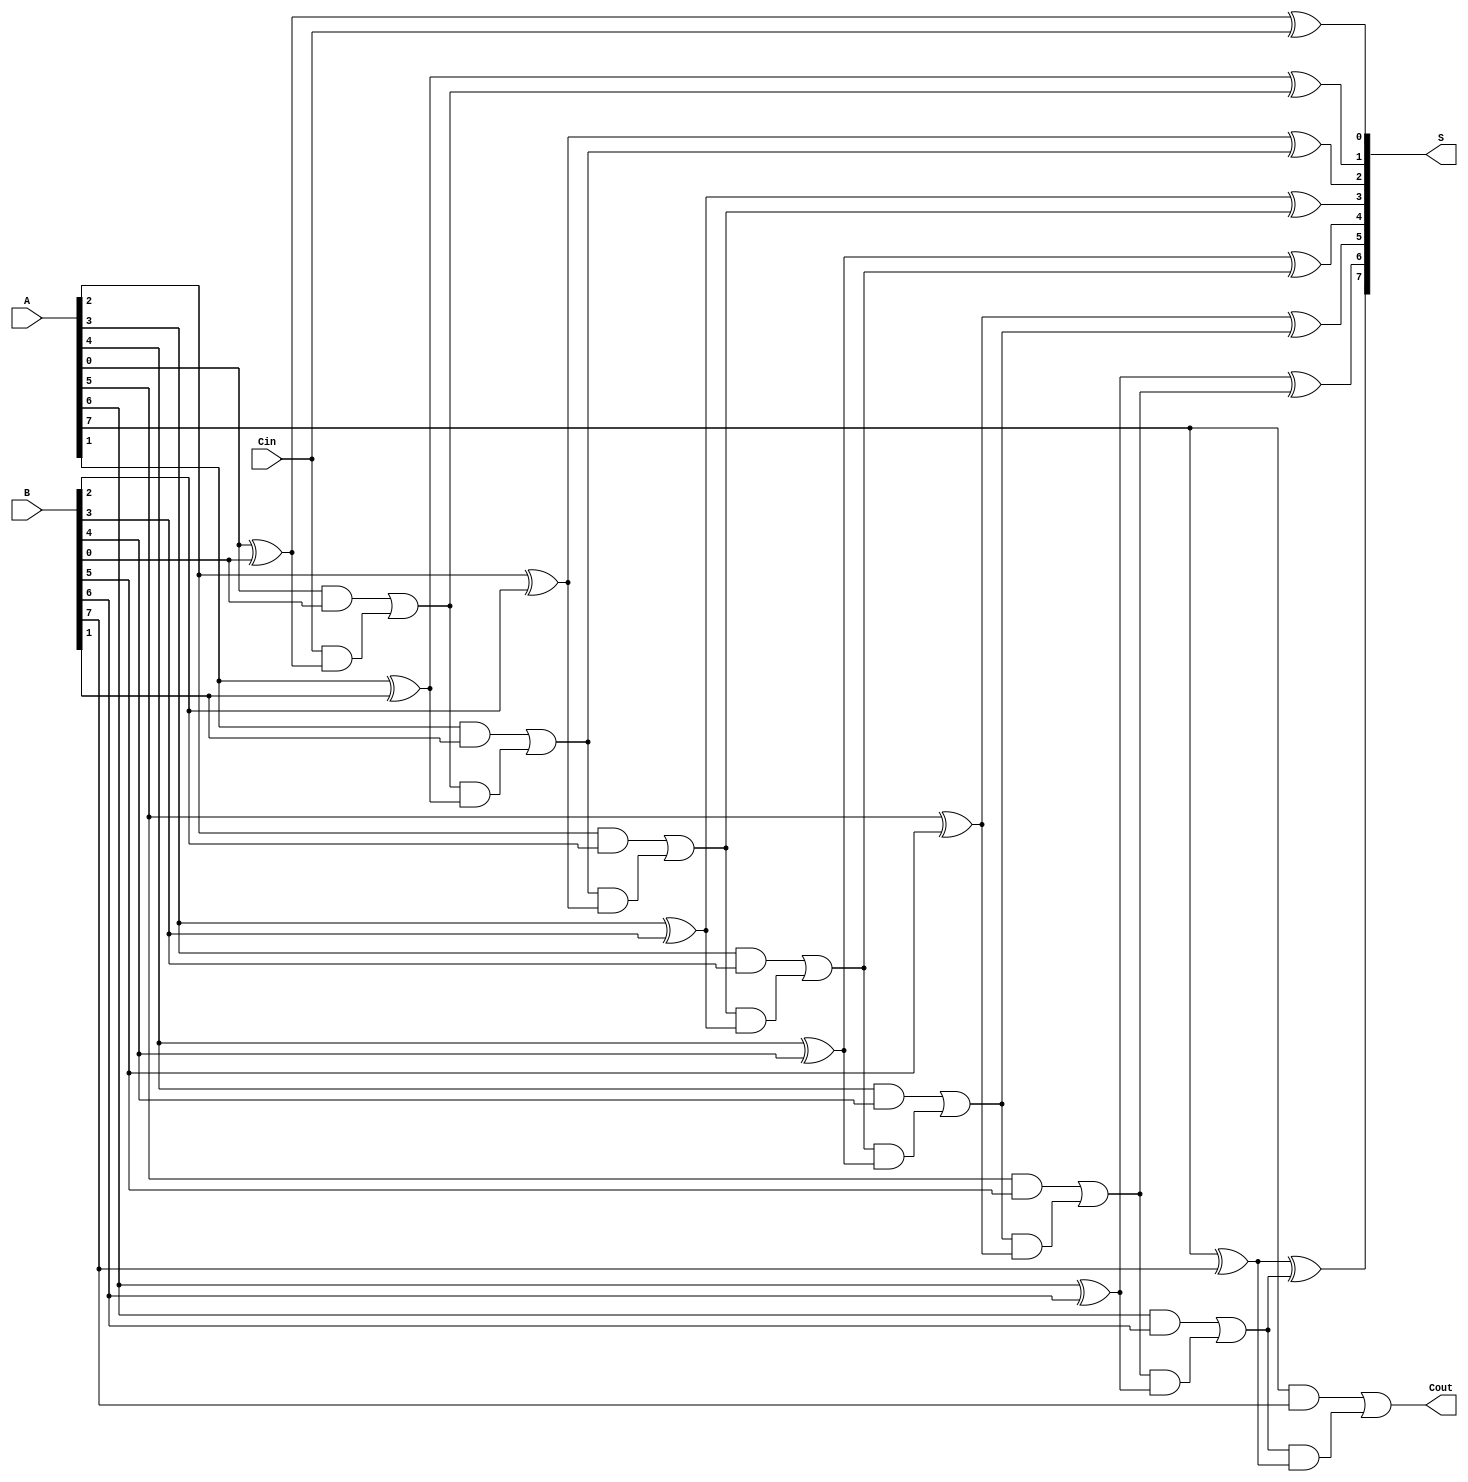
module ManchesterCarryChainAdder #(parameter n = 8) (
    input  wire [n-1:0] A,      // n-bit binary number A
    input  wire [n-1:0] B,      // n-bit binary number B
    input  wire Cin,             // Carry-in
    output wire [n-1:0] S,      // n-bit sum output
    output wire Cout             // Carry-out
);
    wire [n:0] carry;           // Carry chain, extra bit for carry-out

    // Initialize carry chain
    assign carry[0] = Cin;      // Carry-in for LSB

    // Full adder logic
    genvar i;
    generate
        for (i = 0; i < n; i = i + 1) begin : FA
            assign S[i]    = A[i] ^ B[i] ^ carry[i];    // Sum output
            assign carry[i+1] = (A[i] & B[i]) | (carry[i] & (A[i] ^ B[i])); // Carry-out
        end
    endgenerate

    assign Cout = carry[n];    // Final carry-out

endmodule